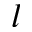
l